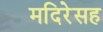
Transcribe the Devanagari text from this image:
मदिरेसह